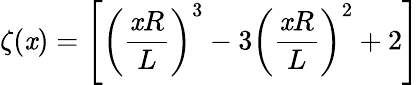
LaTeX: \zeta(\mathit{x})=\left[\left(\frac{{\mathit{x}R}}{{L}}\right)^{3}-3\left(\frac{{\mathit{x}R}}{{L}}\right)^{2}+2\right]